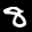
Label: 8